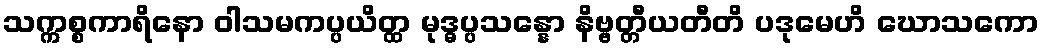
သက္ကစ္စကာရိနော ဝါသမကပ္ပယိတ္ထ မုဒ္ဓပ္ပသန္နော နိဗ္ဗတ္တီယတီတိ ပဒုမေဟိ ဃောသကော